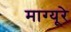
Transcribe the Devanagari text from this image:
माग्यूरे